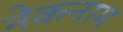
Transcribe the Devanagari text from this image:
नेकनाम